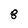
Character: 8